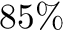
8 5 \%